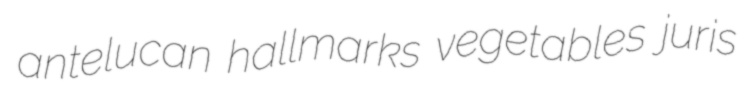
antelucan hallmarks vegetables juris